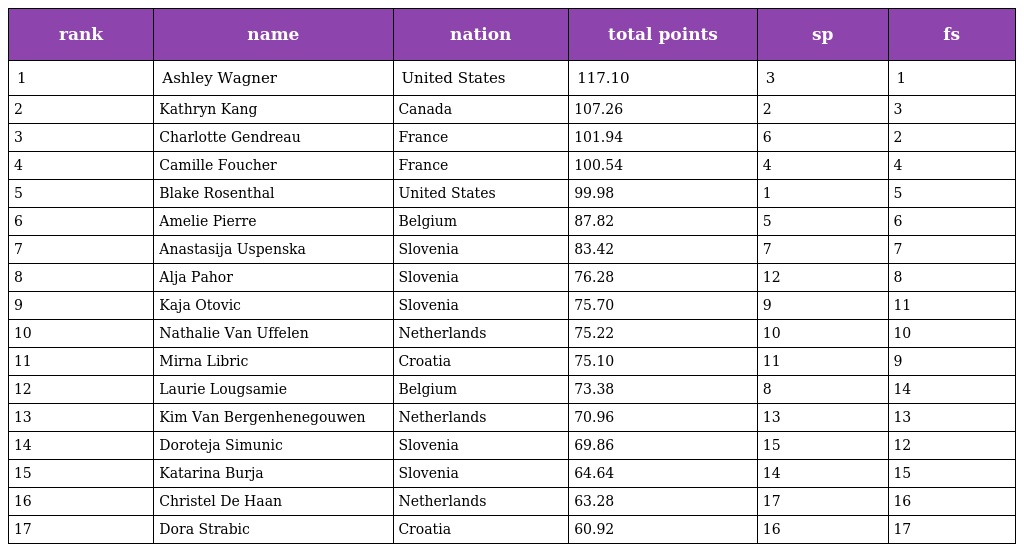
| rank | name | nation | total points | sp | fs |
 | --- | --- | --- | --- | --- | --- |
 | 1 | Ashley Wagner | United States | 117.10 | 3 | 1 |
 | 2 | Kathryn Kang | Canada | 107.26 | 2 | 3 |
 | 3 | Charlotte Gendreau | France | 101.94 | 6 | 2 |
 | 4 | Camille Foucher | France | 100.54 | 4 | 4 |
 | 5 | Blake Rosenthal | United States | 99.98 | 1 | 5 |
 | 6 | Amelie Pierre | Belgium | 87.82 | 5 | 6 |
 | 7 | Anastasija Uspenska | Slovenia | 83.42 | 7 | 7 |
 | 8 | Alja Pahor | Slovenia | 76.28 | 12 | 8 |
 | 9 | Kaja Otovic | Slovenia | 75.70 | 9 | 11 |
 | 10 | Nathalie Van Uffelen | Netherlands | 75.22 | 10 | 10 |
 | 11 | Mirna Libric | Croatia | 75.10 | 11 | 9 |
 | 12 | Laurie Lougsamie | Belgium | 73.38 | 8 | 14 |
 | 13 | Kim Van Bergenhenegouwen | Netherlands | 70.96 | 13 | 13 |
 | 14 | Doroteja Simunic | Slovenia | 69.86 | 15 | 12 |
 | 15 | Katarina Burja | Slovenia | 64.64 | 14 | 15 |
 | 16 | Christel De Haan | Netherlands | 63.28 | 17 | 16 |
 | 17 | Dora Strabic | Croatia | 60.92 | 16 | 17 |